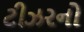
ટીઝરનો